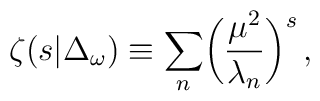
\zeta(s\vert \Delta_{\omega}) \equiv \sum_n\biggl({\mu^2\over\lambda_n}\biggr)^s\, ,